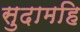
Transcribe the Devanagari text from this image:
सुदामहि